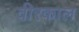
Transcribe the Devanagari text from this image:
वीरकाल